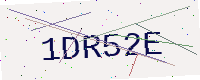
Text: 1DR52E